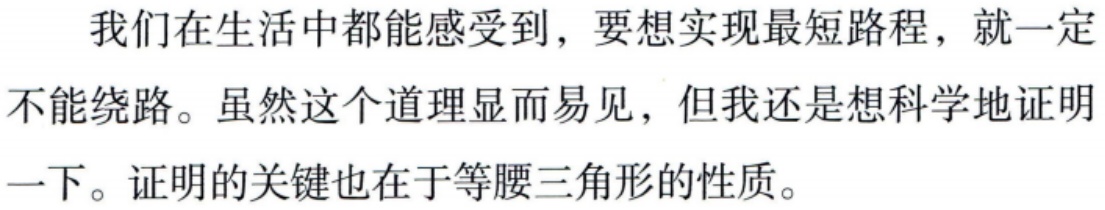
我们在生活中都能感受到，要想实现最短路程，就一定不能绕路。虽然这个道理显而易见，但我还是想科学地证明一下。证明的关键也在于等腰三角形的性质。